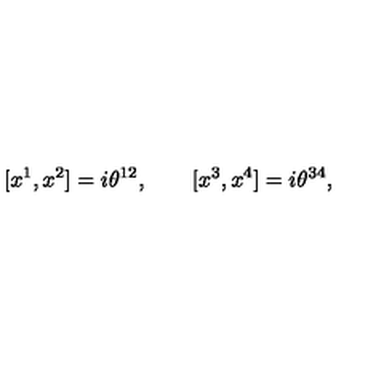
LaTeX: \lbrack x ^ { 1 } , x ^ { 2 } ] = i \theta ^ { 1 2 } , \qquad \lbrack x ^ { 3 } , x ^ { 4 } ] = i \theta ^ { 3 4 } ,